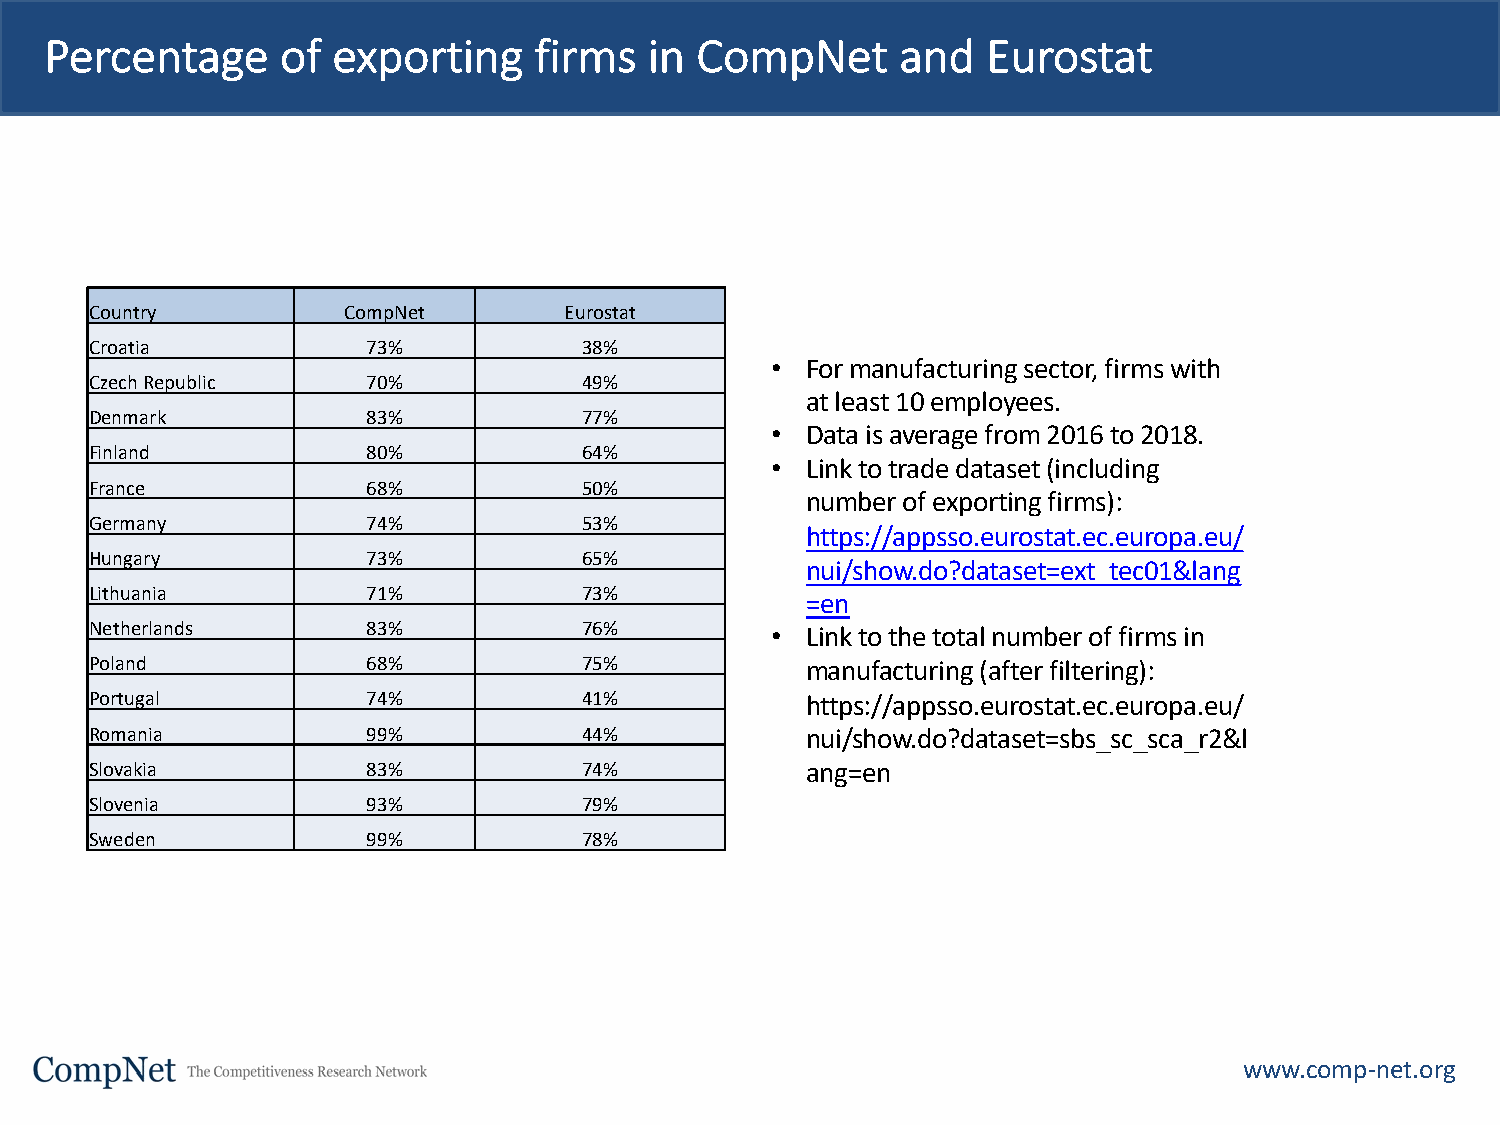
Percentage      of exporting    firms   in CompNet       and  Eurostat
 Country          CompNet       Eurostat
 Croatia           73%            38%
 • For manufacturing sector, firms with
 Czech Republic    70%            49%
 at least 10 employees.
 Denmark           83%            77%
 • Data is average from 2016 to 2018.
 Finland           80%            64%
 • Link to trade dataset (including
 France            68%            50%
 number of exporting firms):
 Germany           74%            53%
 https://appsso.eurostat.ec.europa.eu/
 Hungary           73%            65%
 nui/show.do?dataset=ext_tec01&lang
 Lithuania         71%            73%
 =en
 Netherlands       83%            76%         • Link to the total number of firms in
 Poland            68%            75%           manufacturing (after filtering):
 Portugal          74%            41%           https://appsso.eurostat.ec.europa.eu/
 Romania           99%            44%           nui/show.do?dataset=sbs_sc_sca_r2&l
 Slovakia          83%            74%           ang=en
 Slovenia          93%            79%
 Sweden            99%            78%
 www.comp-net.org